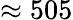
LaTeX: \approx 505